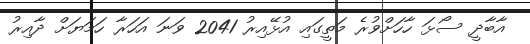
އާބާދީ ސޯޅަ ހާހަށްވުރެ މަތީގައި އުޅޭއިރު 2041 ވަނަ އަހަރާ ހަމަޔަށް ދާއިރު